Report on vaccination in Madras 1877-1894 - 1877-1894
Year: 1877
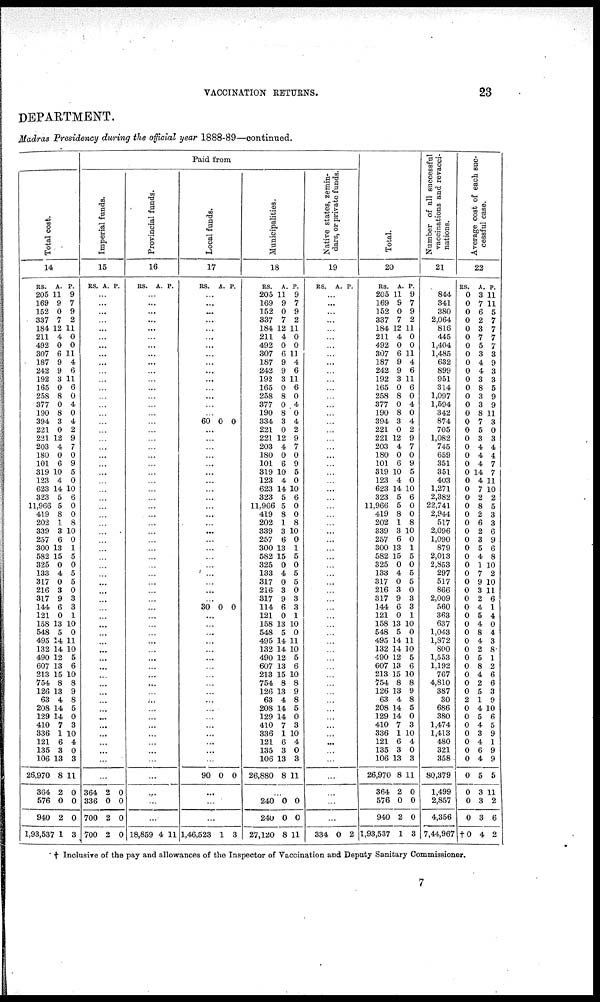
VACCINATION RETURNS.
23
DEPARTMENT.
Madras Presidency during the official year 1888-89—continued.
Total cost.
14
RS.
205
169
152
337
184
211
492
307
187
242
192
165
258
377
190
394
221
221
203
180
101
319
123
623
323
11,966
419
202
339
257
300
582
325
133
317
216
317
144
121
158
548
495
132
490
607
213
754
126
63
208
129
410
336
121
135
106
26,970
364
576
940
1,93,537
A.
11
9
0
7
12
4
0
6
9
9
3
0
8
0
8
3
0
12
4
0
6
10
4
14
5
5
8
1
3
6
13
15
0
4
0
3
9
6
0
13
5
14
14
12
13
15
8
13
4
14
14
7
1
6
3
13
8
2
0
2
1
P.
9
7
9
2
11
0
0
11
4
6
11
6
0
4
0
4
2
9
7
0
9
5
0
10
6
0
0
8
10
0
1
5
0
5
5
0
3
3
1
10
0
11
10
5
6
10
8
9
8
5
0
3
10
4
0
3
11
0
0
0
3
Paid from
Imperial funds.
15
RS. A. P.
...
...
...
...
...
...
...
...
...
...
...
...
...
...
...
...
...
...
...
...
...
...
...
...
...
...
...
...
...
...
...
...
...
...
...
...
...
...
...
...
...
...
...
...
...
...
...
...
...
...
...
...
...
...
...
...
...
364
336
700
700
2
0
2
2
0
0
0
0
Provincial funds.
16
RS. A. P.
...
...
...
...
...
...
...
...
...
...
...
...
...
...
...
...
...
...
...
...
...
...
...
...
...
...
...
...
...
...
...
...
...
...
...
...
...
...
...
...
...
...
...
...
...
...
...
...
...
...
...
...
...
...
...
...
...
...
...
...
18,859 4 11
Local funds.
17
RS. A. P.
...
...
...
...
...
...
...
...
...
...
...
...
...
...
...
60 0 0
...
...
...
...
...
...
...
...
...
...
...
...
...
...
...
...
...
...
...
...
...
30 0 0
...
...
...
...
...
...
...
...
...
...
...
...
...
...
...
...
...
...
90 0 0
...
...
...
1,46,523 1 3
Municipalities.
18
RS.
205
169
152
337
184
211
492
307
187
242
192
165
258
377
190
334
221
221
203
180
101
319
123
623
323
11,966
419
202
339
257
300
582
325
133
317
216
317
114
121
158
548
495
132
490
607
213
754
126
63
208
129
410
336
121
135
106
26,880
A.
11
9
0
7
12
4
0
6
9
9
3
0
8
0
8
3
0
12
4
0
6
10
4
14
5
5
8
1
3
6
13
15
0
4
0
3
9
6
0
13
5
14
14
12
13
15
8
13
4
14
14
7
1
6
3
13
8
P.
9
7
9
2
11
0
0
11
4
6
11
6
0
4
0
4
2
9
7
0
9
5
0
10
6
0
0
8
10
0
1
5
0
5
5
0
3
3
1
10
0
11
10
5
6
10
8
9
8
5
0
3
10
4
0
3
11
...
240
240
27,120
0
0
8
0
0
11
Native states, zemin¬
dars, or private funds.
19
RS. A. P.
...
...
...
...
...
...
...
...
...
...
...
...
...
...
...
...
...
...
...
...
...
...
...
...
...
...
...
...
...
...
...
...
...
...
...
...
...
...
...
...
...
...
...
...
...
...
...
...
...
...
...
...
...
...
...
...
...
...
...
...
334 0 2
Total.
20
RS.
205
169
152
337
184
211
492
307
187
242
192
165
258
377
190
394
221
221
203
180
101
319
123
623
323
11,966
419
202
339
257
300
582
325
133
317
216
317
144
121
158
548
495
132
490
607
213
754
126
63
208
129
410
336
121
135
106
26,970
364
576
940
1,93,537
A.
11
9
0
7
12
4
0
6
9
9
3
0
8
0
8
3
0
12
4
0
6
10
4
14
5
5
8
1
3
6
13
15
0
4
0
3
9
6
0
13
5
14
14
12
13
15
8
13
4
14
14
7
1
6
3
13
8
2
0
2
1
P.
9
7
9
2
11
0
0
11
4
6
11
6
0
4
0
4
2
9
7
0
9
5
0
10
6
0
0
8
10
0
1
5
0
5
5
0
3
3
1
10
0
11
10
5
6
10
8
9
8
5
0
3
10
4
0
3
11
0
0
0
3
Number of all successful
vaccinations and revacci¬
nations.
21
844
341
380
2,064
816
445
1,404
1,485
632
899
951
314
1,097
1,594
342
874
705
1,082
745
659
351
351
403
1,271
2,382
22,741
2,944
517
2,096
1,090
879
2,013
2,853
297
517
866
2,009
560
363
637
1,043
1,872
800
1,553
1,192
767
4,810
387
30
686
380
1,474
1,413
480
321
358
80,379
1,499
2,857
4,356
7,44,967
Average cost of each suc-
cessful case.
22
RS.
0
0
0
0
0
0
0
0
0
0
0
0
0
0
0
0
0
0
0
0
0
0
0
0
0
0
0
0
0
0
0
0
0
0
0
0
0
0
0
0
0
0
0
0
0
0
0
0
2
0
0
0
0
0
0
0
0
0
0
0
†0
A.
3
7
6
2
3
7
5
3
4
4
3
8
3
3
8
7
5
3
4
4
4
14
4
7
2
8
2
6
2
3
5
4
1
7
9
3
2
4
5
4
8
4
2
5
8
4
2
5
1
4
5
4
3
4
6
4
5
3
3
3
4
P.
11
11
5
7
7
7
7
3
9
3
3
5
9
9
11
3
0
3
4
4
7
7
11
10
2
5
3
3
6
9
6
8
10
2
10
11
6
1
4
0
4
3
8
1
2
6
6
3
9
10
6
5
9
1
9
9
5
11
2
6
2
† Inclusive of the pay and allowances of the Inspector of Vaccination and Deputy Sanitary Commissioner.
7